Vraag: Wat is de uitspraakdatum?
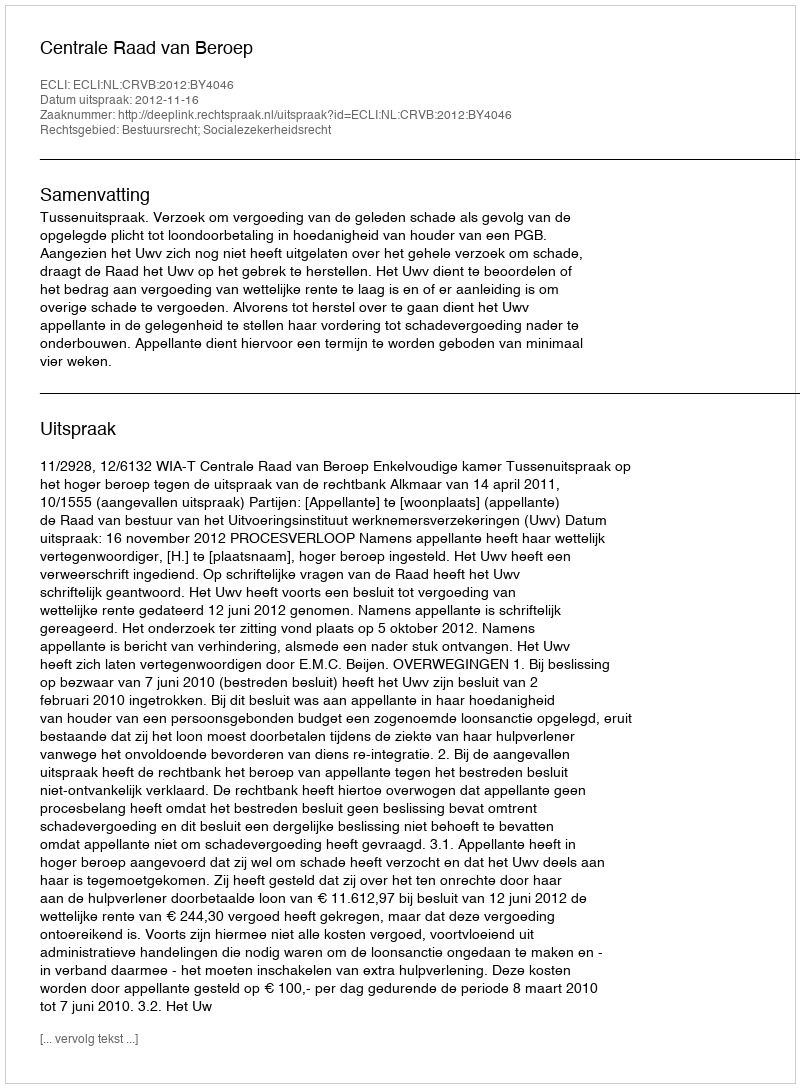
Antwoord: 2012-11-16